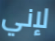
لإني